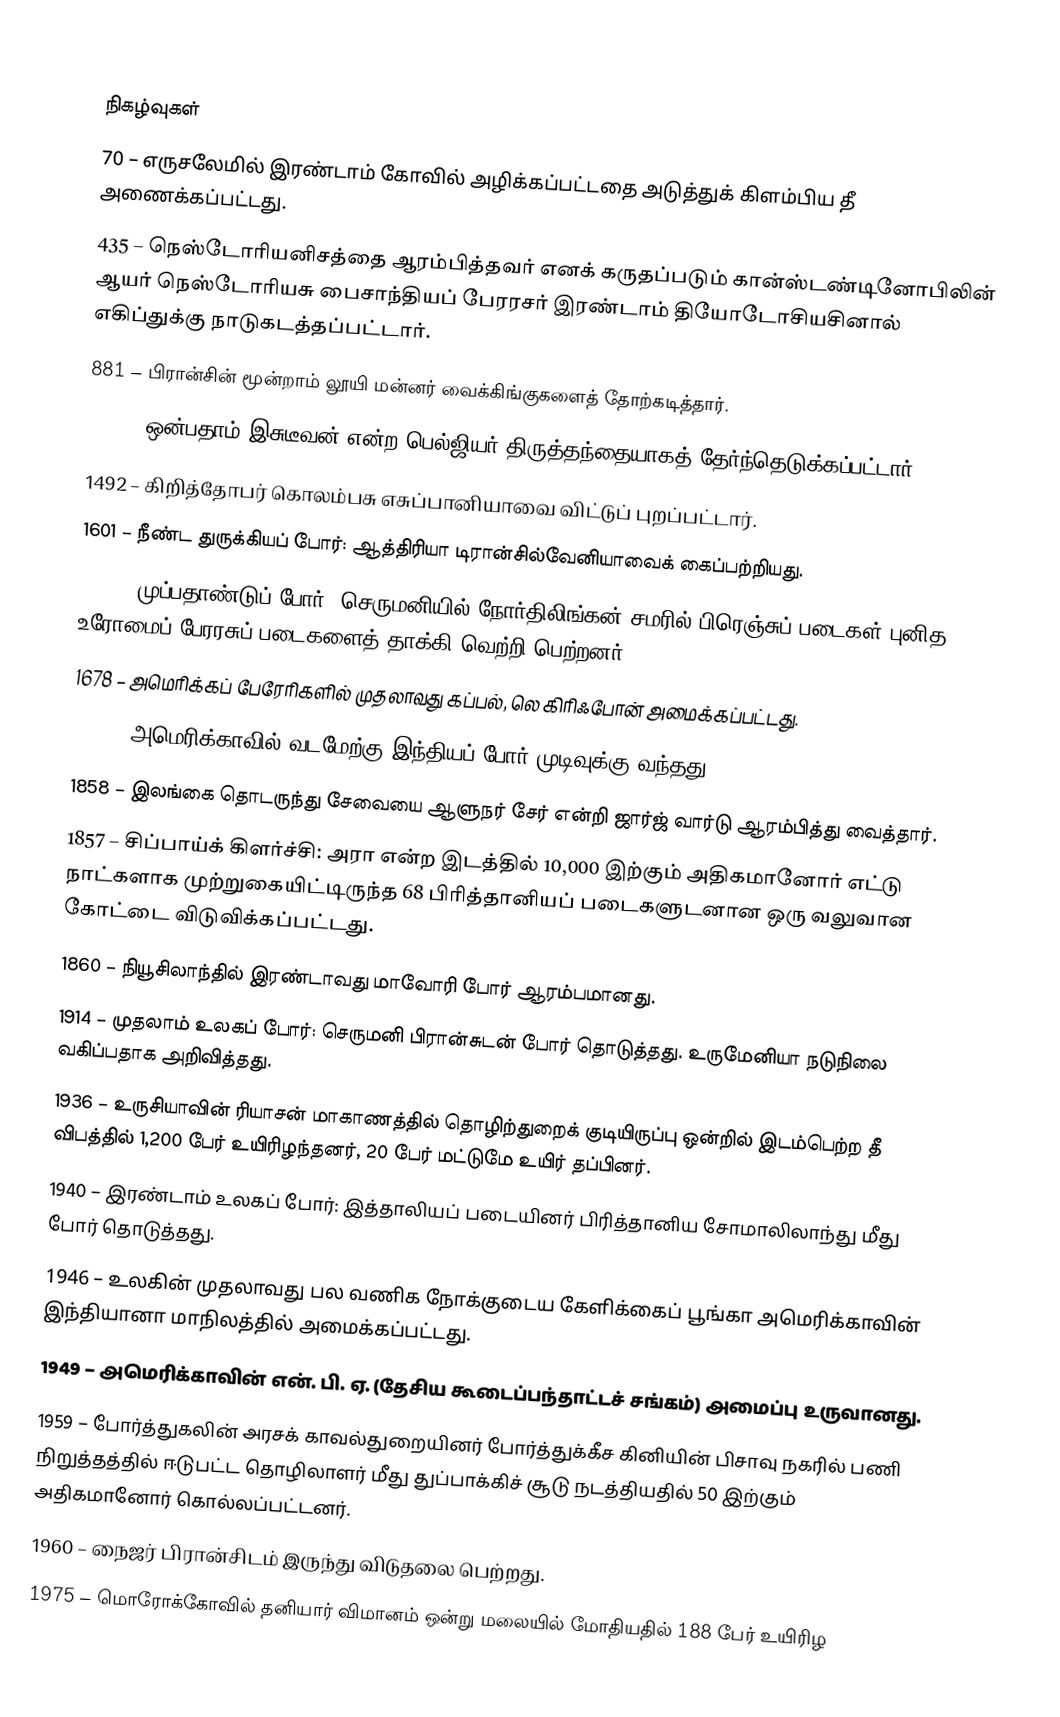

நிகழ்வுகள்
70 – எருசலேமில் இரண்டாம் கோவில் அழிக்கப்பட்டதை அடுத்துக் கிளம்பிய தீ அணைக்கப்பட்டது.
435 – நெஸ்டோரியனிசத்தை ஆரம்பித்தவர் எனக் கருதப்படும் கான்ஸ்டண்டினோபிலின் ஆயர் நெஸ்டோரியசு பைசாந்தியப் பேரரசர் இரண்டாம் தியோடோசியசினால் எகிப்துக்கு நாடுகடத்தப்பட்டார்.
881 – பிரான்சின் மூன்றாம் லூயி மன்னர் வைக்கிங்குகளைத் தோற்கடித்தார்.
1057 – ஒன்பதாம் இசுடீவன் என்ற பெல்ஜியர் திருத்தந்தையாகத் தேர்ந்தெடுக்கப்பட்டார்.
1492 – கிறித்தோபர் கொலம்பசு எசுப்பானியாவை விட்டுப் புறப்பட்டார்.
1601 – நீண்ட துருக்கியப் போர்: ஆத்திரியா டிரான்சில்வேனியாவைக் கைப்பற்றியது.
1645 – முப்பதாண்டுப் போர்: செருமனியில் நோர்திலிங்கன் சமரில் பிரெஞ்சுப் படைகள் புனித உரோமைப் பேரரசுப் படைகளைத் தாக்கி வெற்றி பெற்றனர்.
1678 – அமெரிக்கப் பேரேரிகளில் முதலாவது கப்பல், லெ கிரிஃபோன் அமைக்கப்பட்டது.
1795 – அமெரிக்காவில் வடமேற்கு இந்தியப் போர் முடிவுக்கு வந்தது.
1858 – இலங்கை தொடருந்து சேவையை ஆளுநர் சேர் என்றி ஜார்ஜ் வார்டு ஆரம்பித்து வைத்தார்.
1857 – சிப்பாய்க் கிளர்ச்சி: அரா என்ற இடத்தில் 10,000 இற்கும் அதிகமானோர் எட்டு நாட்களாக முற்றுகையிட்டிருந்த 68 பிரித்தானியப் படைகளுடனான ஒரு வலுவான கோட்டை விடுவிக்கப்பட்டது.
1860 – நியூசிலாந்தில் இரண்டாவது மாவோரி போர் ஆரம்பமானது.
1914 – முதலாம் உலகப் போர்: செருமனி பிரான்சுடன் போர் தொடுத்தது. உருமேனியா நடுநிலை வகிப்பதாக அறிவித்தது.
1936 – உருசியாவின் ரியாசன் மாகாணத்தில் தொழிற்துறைக் குடியிருப்பு ஒன்றில் இடம்பெற்ற தீ விபத்தில் 1,200 பேர் உயிரிழந்தனர், 20 பேர் மட்டுமே உயிர் தப்பினர்.
1940 – இரண்டாம் உலகப் போர்: இத்தாலியப் படையினர் பிரித்தானிய சோமாலிலாந்து மீது போர் தொடுத்தது.
1946 – உலகின் முதலாவது பல வணிக நோக்குடைய கேளிக்கைப் பூங்கா அமெரிக்காவின் இந்தியானா மாநிலத்தில் அமைக்கப்பட்டது.
1949 – அமெரிக்காவின் என். பி. ஏ. (தேசிய கூடைப்பந்தாட்டச் சங்கம்) அமைப்பு உருவானது.
1959 – போர்த்துகலின் அரசக் காவல்துறையினர் போர்த்துக்கீச கினியின் பிசாவு நகரில் பணி நிறுத்தத்தில் ஈடுபட்ட தொழிலாளர் மீது துப்பாக்கிச் சூடு நடத்தியதில் 50 இற்கும் அதிகமானோர் கொல்லப்பட்டனர்.
1960 – நைஜர் பிரான்சிடம் இருந்து விடுதலை பெற்றது.
1975 – மொரோக்கோவில் தனியார் விமானம் ஒன்று மலையில் மோதியதில் 188 பேர் உயிரிழ